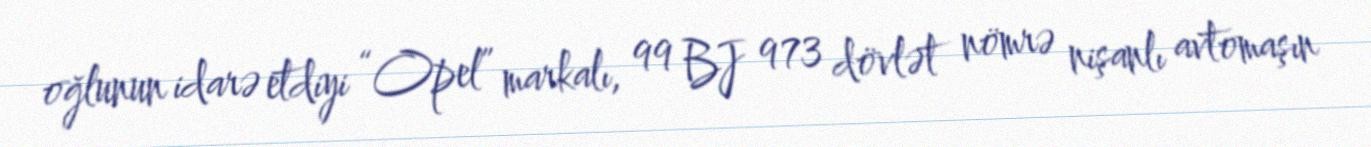
oğlunun idarə etdiyi “Opel” markalı, 99 BJ 973 dövlət nömrə nişanlı avtomaşın